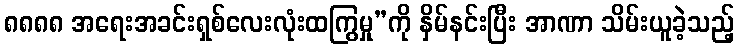
၈၈၈၈ အရေးအခင်းရှစ်လေးလုံးထကြွမှု”ကို နှိမ်နင်းပြီး အာဏာ သိမ်းယူခဲ့သည့်